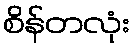
စိန်တလုံး